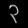
Digit: ၃